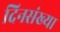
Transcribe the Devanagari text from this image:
दिनसंख्या